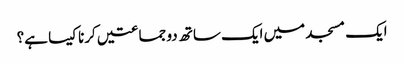
ایک مسجد میں ایک ساتھ دو جماعتیں کرنا کیسا ہے؟